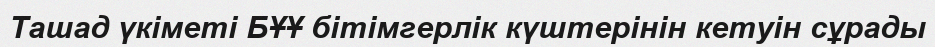
Ташад үкіметі БҰҰ бітімгерлік күштерінін кетуін сұрады